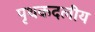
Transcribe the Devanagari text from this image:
पृथकदलीय